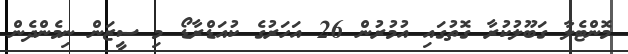
މޮންޓެލާ ގަބޫލުކުރާ ގޮތުގައި އުމުރުން 26 އަހަރުގެ ކުއަޑްރާޑޯ މި ސީޒަން ނިމެންދެން